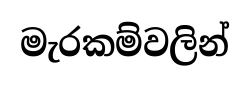
මැරකම්වලින්